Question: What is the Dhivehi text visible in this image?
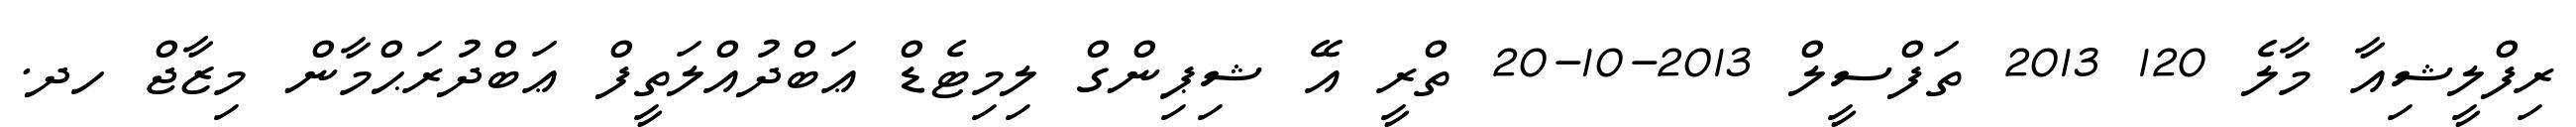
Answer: ރިފްލީޝިއާ މާލެ 120 2013 ތަފްސީލް 2013-10-20 ތްރީ އޭ ޝިޕިންގް ލިމިޓެޑް ޢަބްދުއްލަތީފް ޢަބްދުރަޙްމާން މިޒާޖް ހދ.